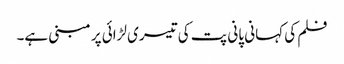
فلم کی کہانی پانی پت کی تیسری لڑائی پر مبنی ہے۔